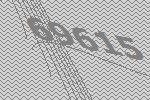
69615